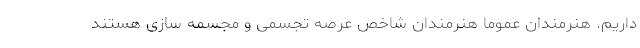
داریم. هنرمندان عموما هنرمندان شاخص عرصه تجسمی و مجسمه سازی هستند